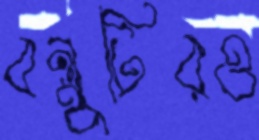
বন্ধুটিরও